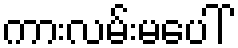
ကားလမ်းမပေါ်